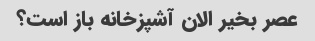
عصر بخیر الان آشپزخانه باز است؟